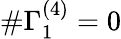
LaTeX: \# \Gamma_{1}^{(4)}=0